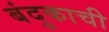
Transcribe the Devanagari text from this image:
बंदुकाची